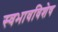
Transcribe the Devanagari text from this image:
स्वभावविशेष